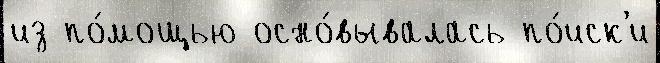
из по́мощью осно́вывалась по́иск'и